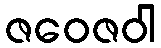
ဇဝေဇဝါ